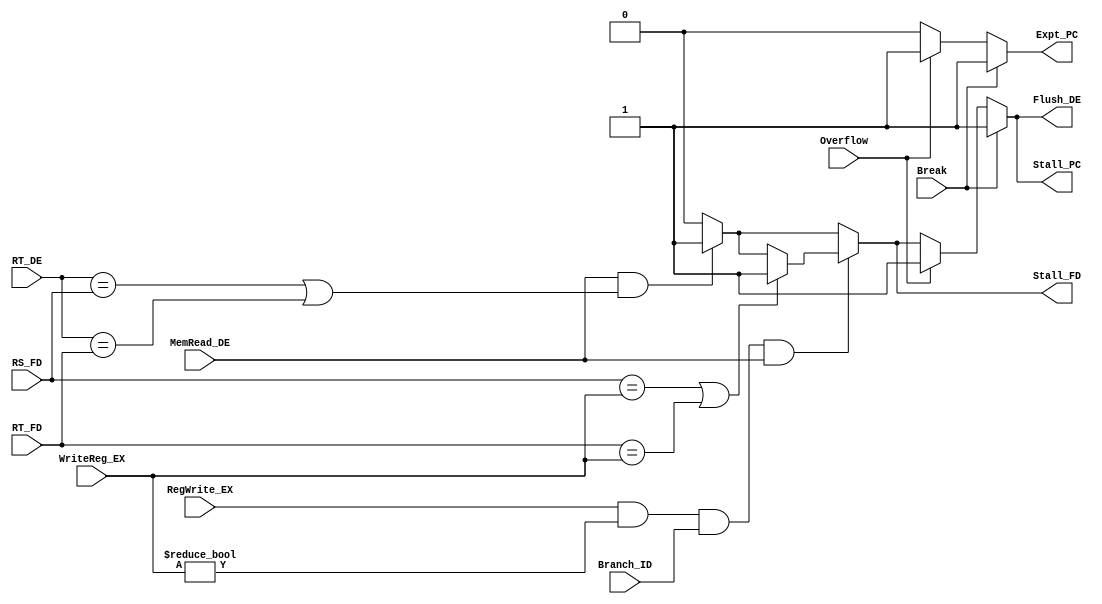
`timescale 1ns / 1ps

module Hazard(
    input MemRead_DE,
    input Overflow,
    input Break,
	input RegWrite_EX,
	input Branch_ID,
    input [4:0] RT_DE,
    input [4:0] RT_FD,
    input [4:0] RS_FD,
	input [4:0] WriteReg_EX,
    output reg Flush_DE,
    output reg Expt_PC,
    output reg Stall_PC,
    output reg Stall_FD
);

always@(*) begin
    Stall_FD = 0;
    Stall_PC = 0;
    Flush_DE = 0;
    Expt_PC = 0;
    if(MemRead_DE && ((RT_DE == RS_FD) || (RT_DE == RT_FD))) begin
        Flush_DE = 1;
        Stall_FD = 1;
        Stall_PC = 1;
    end
	if(RegWrite_EX && (WriteReg_EX != 0) && Branch_ID && MemRead_DE) begin
		if(RS_FD == WriteReg_EX || RT_FD == WriteReg_EX) begin
			Flush_DE = 1;
			Stall_FD = 1;
			Stall_PC = 1;
		end
	end
    if(Overflow) begin
        Expt_PC = 1;
        Stall_PC = 1;
        Flush_DE = 1;
    end
    if(Break) begin
        Expt_PC = 1;
        Stall_PC = 1;
        Flush_DE = 1;
    end
end

endmodule